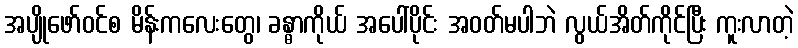
အပျိုဖော်ဝင်စ မိန်းကလေးတွေ၊ ခန္ဓာကိုယ် အပေါ်ပိုင်း အဝတ်မပါဘဲ လွယ်အိတ်ကိုင်ပြီး ကူးလာတဲ့